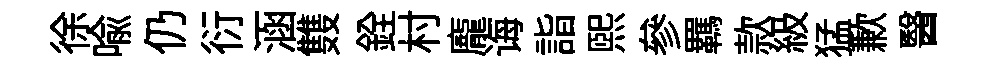
徐喻仍衍涵䨇銓村龐诲詣熙參羈款級猛歉醫